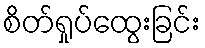
စိတ်ရှုပ်ထွေးခြင်း